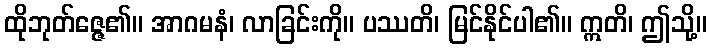
ထိုဘုတ်ဇ္ဇေ၏။ အာဂမနံ၊ လာခြင်းကို။ ပဿတိ၊ မြင်နိုင်ပါ၏။ ဣတိ၊ ဤသို့။